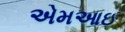
એમઆઇ